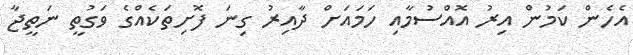
އެހެން ކަމުން އިރު އޮއްސުމާއި ހަމައަށް ދާއިރު ގިނަ ފޮށިތަކެއްގެ ވަގުތީ ނަތީޖާ